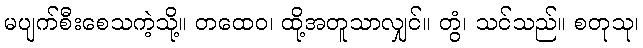
မပျက်စီးစေသကဲ့သို့။ တထေဝ၊ ထို့အတူသာလျှင်။ တွံ၊ သင်သည်။ စတုသု၊